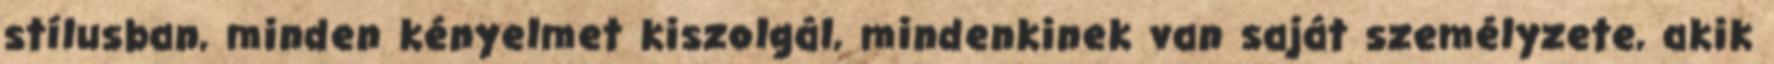
stílusban, minden kényelmet kiszolgál, mindenkinek van saját személyzete, akik